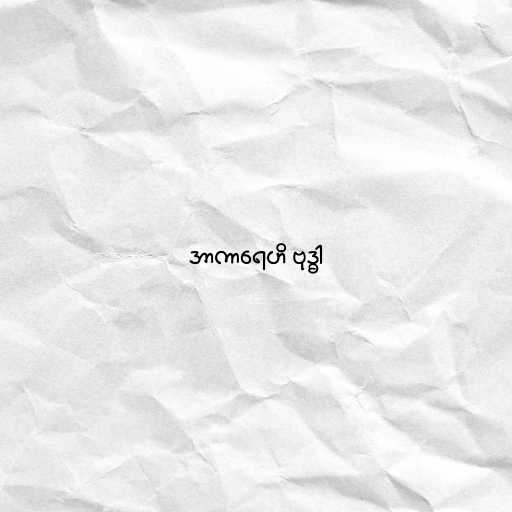
အာကာရေဟိ ဗုဒ္ဓါ